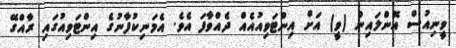
ވީނިއުސް އޮންލައިން (ވީ) އަށް އިންޓަވިއުއެއް ދެއްވާފަ އެވެ. އެމަނިކުފާނުގެ އިންޓަވިއުގައި ރާއްގޭ